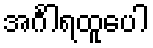
အင်္ဂါရထူပေါ